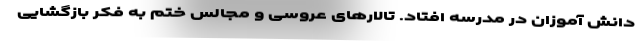
دانش آموزان در مدرسه افتاد. تالارهای عروسی و مجالس ختم به فکر بازگشایی